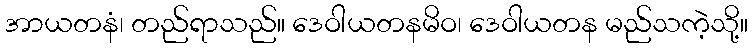
အာယတနံ၊ တည်ရာသည်။ ဒေဝါယတနမိဝ၊ ဒေဝါယတန မည်သကဲ့သို့။